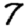
Digit: 7